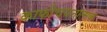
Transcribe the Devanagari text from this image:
काफीचयनात्मक